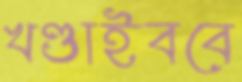
খণ্ডাইববে